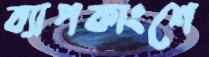
ব্যাপকাংশে